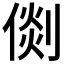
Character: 𠋴